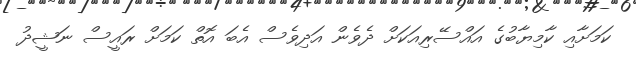
ކަމަށާއި ކާމިޔާބުގެ އައްސޭރިއަކަށް ދެވެން އަދިވެސް އެބަ އޮތް ކަމަށް ރައީސް ނަޝީދު